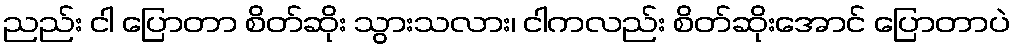
ညည်း ငါ ပြောတာ စိတ်ဆိုး သွားသလား၊ ငါကလည်း စိတ်ဆိုးအောင် ပြောတာပဲ